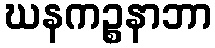
ဃနကဉ္စနာဘာ